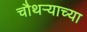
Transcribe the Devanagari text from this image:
चौथऱ्याच्या